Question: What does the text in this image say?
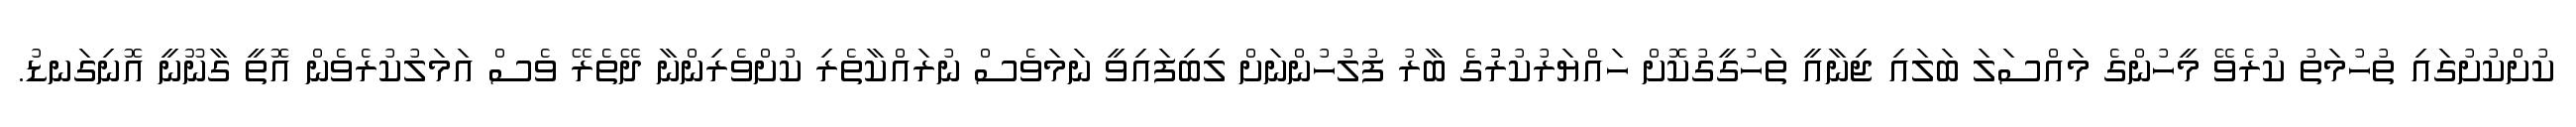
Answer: ކުށްކުށުގައި ތުހުމަތު ކުރެވޭ މީހުންގެ މައްސަލަ ބަލައި ޖިނާއީ ތަހުގީގުކޮށް ހައްޔަރުކުރުުގެ ބާރު ފުލުހުންނަށް ލިބިފައިވީ ނަމަވެސް ނުރައްކާތެރި ކުށްވެރިންނާ ދޭތެރޭ ވެސް އަމަލުކުރެވެން އޮތީ ގާނޫނީ އޮނިގަނޑު.